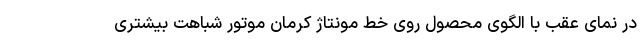
در نمای عقب با الگوی محصول روی خط مونتاژ کرمان موتور شباهت بیشتری